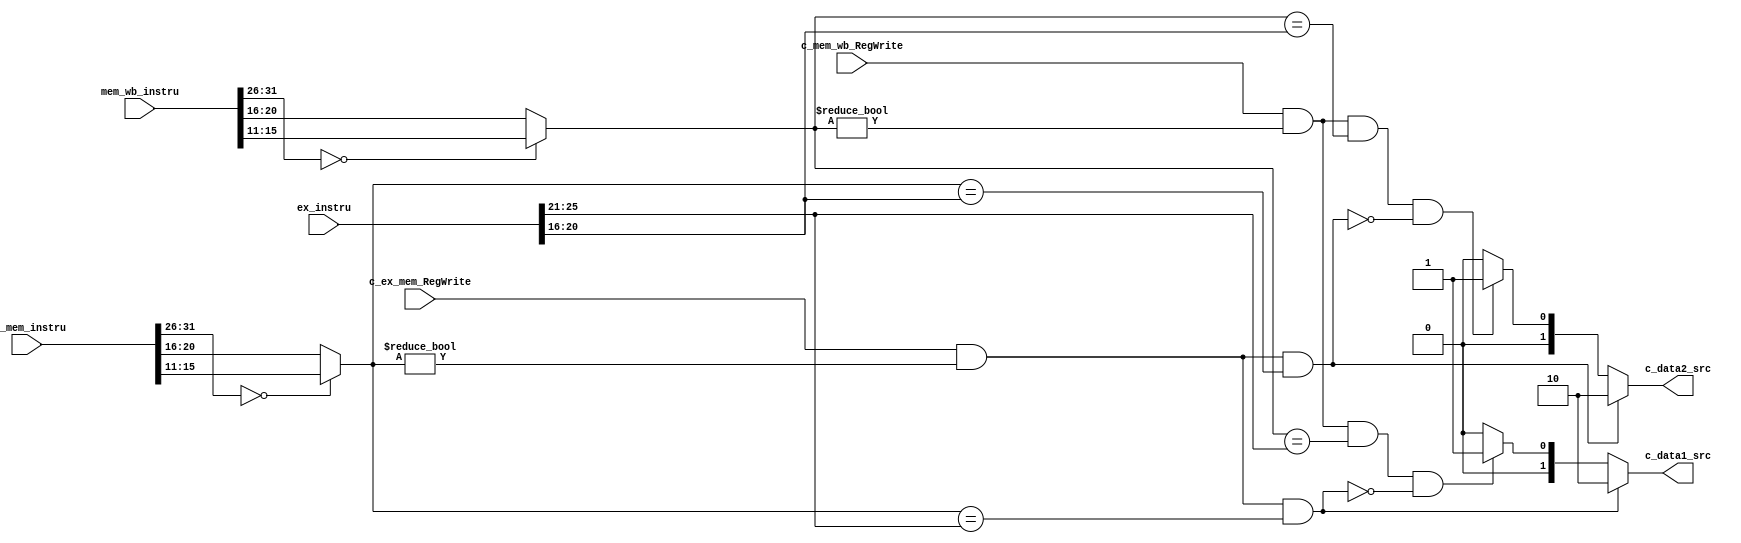
`timescale 1ns / 1ps

// forwarding unit, in stage EX

module forward(
  input [31:0] ex_instru, // ID/EX.instru
  input [31:0] ex_mem_instru, // EX/MEM.WriteReg
  input [31:0] mem_wb_instru, // MEM/WB.WriteReg
  input c_ex_mem_RegWrite, // EX/MEM.RegWrite
  input c_mem_wb_RegWrite, // MEM/WB.RegWrite
  output reg [1:0] c_data1_src, // ALU.data1.src (A)
  output reg [1:0] c_data2_src // ALU.data2.src (B)
);
  // Note: ex_instru[25:21] == ID/EX.Rs
  //       ex_instru[20:16] == ID/EX.Rt
  
  reg [4:0] ex_mem_wReg,mem_wb_wReg; // exactly Rd
  
  // if I-type, use Rt; if R-type, use Rd
  always @(*) begin
    if(ex_mem_instru[31:26] == 0) begin
      ex_mem_wReg = ex_mem_instru[15:11];
    end else begin
      ex_mem_wReg = ex_mem_instru[20:16]; // I
    end
    if(mem_wb_instru[31:26] == 0) begin
      mem_wb_wReg = mem_wb_instru[15:11];
    end else begin
      mem_wb_wReg = mem_wb_instru[20:16]; // I
    end
  end

  always @(*) begin
    // $display("ex_mem: 0x%H | mem_wb: 0x%H ",ex_mem_instru,mem_wb_instru);
    if(c_ex_mem_RegWrite==1 & (ex_mem_wReg != 0) & (ex_mem_wReg == ex_instru[25:21])) begin
      c_data1_src = 2'b10; // from EX/MEM
    end else if (c_mem_wb_RegWrite==1 & (mem_wb_wReg != 0) & (mem_wb_wReg == ex_instru[25:21]) &
    !(c_ex_mem_RegWrite==1 & (ex_mem_wReg != 0) & (ex_mem_wReg == ex_instru[25:21]))) begin
      c_data1_src = 2'b01; // from from MEM/WB
    end else begin
      c_data1_src = 2'b00; // from current stage
    end
    // $display ("DATA1_FWD:: 0x%H | 0x%H | 0x%H",c_mem_wb_RegWrite,mem_wb_wReg,ex_instru);
  end

  always @(*) begin
    if(c_ex_mem_RegWrite==1 & (ex_mem_wReg != 0) & (ex_mem_wReg == ex_instru[20:16])) begin
      c_data2_src = 2'b10; // from EX/MEM
    end else if (c_mem_wb_RegWrite==1 & (mem_wb_wReg != 0) & (mem_wb_wReg == ex_instru[20:16]) &
    !(c_ex_mem_RegWrite==1 & (ex_mem_wReg != 0) & (ex_mem_wReg == ex_instru[20:16]))) begin
      c_data2_src = 2'b01; // from from MEM/WB
    end else begin
      c_data2_src = 2'b00; // from current stage
    end
  end
  
endmodule


// TODO: [bonus] merge from LYR: beq hazard (forwarding)
module Forwarding_bonus( // created by lyr
    input [4:0] IF_ID_Rs,IF_ID_Rt,ID_EX_Rs,ID_EX_Rt,EX_MEM_Rd,MEM_WB_Rd,
    // note: MEM_WB_Rd is destination of MEM/WB register, for lw & addi: rt, add: rd
    input EX_MEM_RegWrite,MEM_WB_RegWrite,ID_beq,ID_bne,
    output reg [1:0] FullFwdA,FullFwdB,
    output reg BranFwdA,BranFwdB
);

initial begin
    FullFwdA=2'b00;
    FullFwdB=2'b00;
    BranFwdA=1'b0;
    BranFwdB=1'b0;
end

always @(*) begin // FullFwdA
if ((ID_EX_Rs == EX_MEM_Rd) && EX_MEM_RegWrite && (EX_MEM_Rd!=5'b0))  // R-format
    FullFwdA=2'b10;

else if ((ID_EX_Rs == MEM_WB_Rd) && MEM_WB_RegWrite && (MEM_WB_Rd!=5'b0))  // lw & R-format
    FullFwdA=2'b01;

else 
    FullFwdA=2'b00;
end

always @(*) begin // FullFwdB
if ((ID_EX_Rt == EX_MEM_Rd) && EX_MEM_RegWrite && (EX_MEM_Rd!=5'b0)) 
    FullFwdB=2'b10;

else if ((ID_EX_Rt == MEM_WB_Rd) && MEM_WB_RegWrite && (MEM_WB_Rd!=5'b0)) 
    FullFwdB=2'b01;

else 
    FullFwdB=2'b00;

end

always @(*) begin //BranFwdA
    if((ID_beq || ID_bne) && (IF_ID_Rs == EX_MEM_Rd) && (EX_MEM_Rd!=5'b0) && EX_MEM_RegWrite) 
        BranFwdA=1'b1;
   
    else
        BranFwdA=1'b0;
   
end


always @(*) begin //BranFwdB
    if((ID_beq || ID_bne) && (IF_ID_Rt == EX_MEM_Rd) && (EX_MEM_Rd!=5'b0) && EX_MEM_RegWrite) 
        BranFwdB=1'b1;
   
    else
        BranFwdB=1'b0;
    
end

endmodule